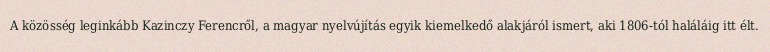
A közösség leginkább Kazinczy Ferencről, a magyar nyelvújítás egyik kiemelkedő alakjáról ismert, aki 1806-tól haláláig itt élt.